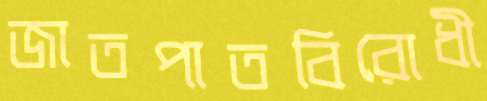
জাতপাতবিরোধী